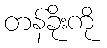
တန်ခိုးကို